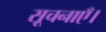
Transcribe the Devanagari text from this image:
सूचनाएँ।